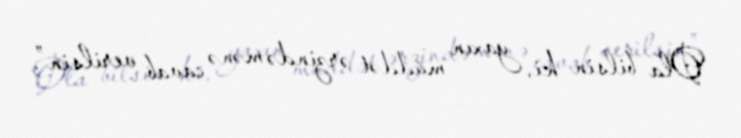
Ola bilsin ki, yaxın müddət ərzində mənə cavab verilsin”.